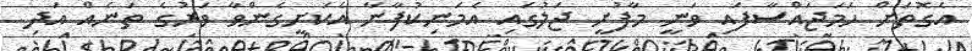
އެގޮތަށް ހަމަޖައްސާފައި ވަނީ މާފުށީ ޖަލުގައި އެމަނިކުފާނާ އެކަށީގެންވާ ވަރުގެ ތަނެއް އަދި